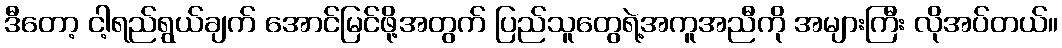
ဒီတော့ ငါ့ရည်ရွယ်ချက် အောင်မြင်ဖို့အတွက် ပြည်သူတွေရဲ့အကူအညီကို အများကြီး လိုအပ်တယ်။